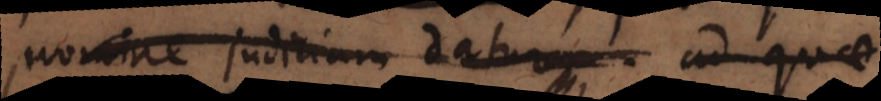
nomine judicium datur ad quae